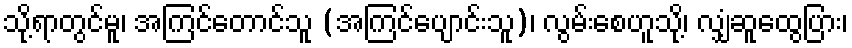
သို့ရာတွင်မူ၊ အကြင်တောင်သူ (အကြင်ပျောင်းသူ)၊ လွမ်းစေဟူသို့၊ လျှံဆူထွေပြား၊